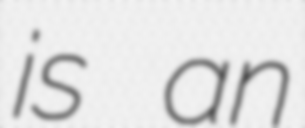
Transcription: is an